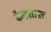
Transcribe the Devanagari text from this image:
कैमशाफ़्ट